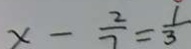
x - \frac { 2 } { 7 } = \frac { 1 } { 3 }